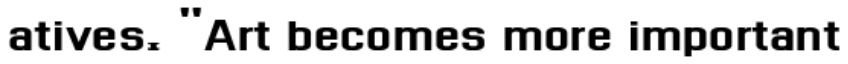
atives. "Art becomes more important